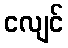
ငလျင်